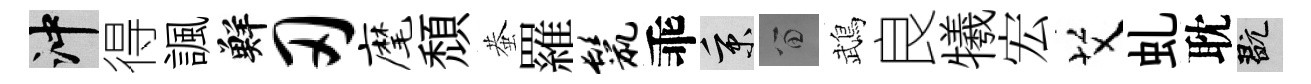
冲得諷鮮刃麾頹蛬羅鬣乖秉留鵡良犧宏艾虬耽玩